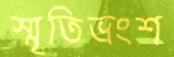
স্মৃতিভ্রংশ